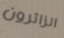
الزائرون